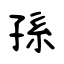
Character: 孫